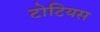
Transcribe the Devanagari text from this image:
टोटियस